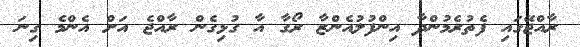
ރާއްޖޭގައި ފެތުރެމުންދާ އިންފުލުއެންޒާ ރޯގާ އާ ގުޅިގެން ރާއްޖެ އަށް އެންމެ ގިނަ